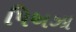
પિઅઝા